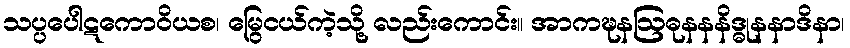
သပ္ပပေါဋကောဝိယစ၊ မြွေငယ်ကဲ့သို့ လည်းကောင်း။ အာကဍ္ဎနဩဓုနနနိဒ္ဓုနနာဒိနာ၊